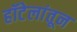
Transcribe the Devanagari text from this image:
हॉटेलांतून